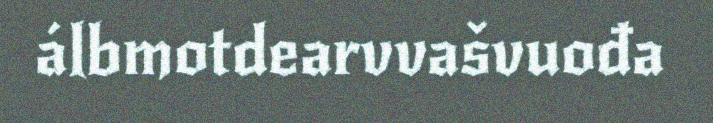
álbmotdearvvašvuođa